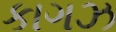
કાગઝ